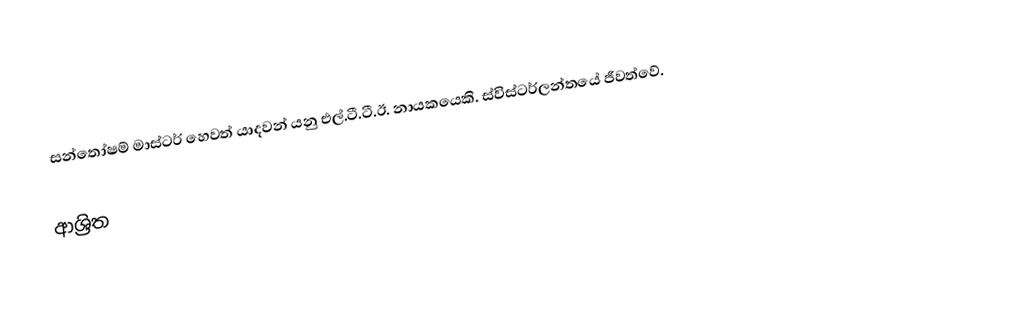
සන්තෝෂම් මාස්‌ටර් හෙවත් යාදවන් යනු එල්.ටී.ටී.ඊ. නායකයෙකි. ස්විස්ටර්ලන්තයේ ජීවත්වේ.

ආශ්‍රිත